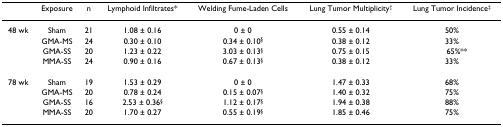
<table><thead><tr><td></td><td><b>Exposure</b></td><td><b>n</b></td><td><b>Lymphoid Infiltrates*</b></td><td><b>Welding Fume-Laden Cells</b></td><td><b>Lung Tumor Multiplicity<sup>†</sup></b></td><td><b>Lung Tumor Incidence<sup>‡</sup></b></td></tr></thead><tbody><tr><td>48 wk</td><td>Sham</td><td>21</td><td>1.08 ± 0.16</td><td>0 ± 0</td><td>0.55 ± 0.14</td><td>50%</td></tr><tr><td></td><td>GMA-MS</td><td>24</td><td>0.30 ± 0.10</td><td>0.34 ± 0.10<sup>§</sup></td><td>0.38 ± 0.12</td><td>33%</td></tr><tr><td></td><td>GMA-SS</td><td>20</td><td>1.23 ± 0.22</td><td>3.03 ± 0.13<sup>§</sup></td><td>0.75 ± 0.15</td><td> 65%**</td></tr><tr><td></td><td>MMA-SS</td><td>24</td><td>0.90 ± 0.16</td><td>0.67 ± 0.13<sup>§</sup></td><td>0.38 ± 0.12</td><td>33%</td></tr><tr><td>78 wk</td><td>Sham</td><td>19</td><td>1.53 ± 0.29</td><td>0 ± 0</td><td>1.47 ± 0.33</td><td>68%</td></tr><tr><td></td><td>GMA-MS</td><td>20</td><td>0.78 ± 0.24</td><td>0.15 ± 0.07<sup>§</sup></td><td>1.40 ± 0.32</td><td>75%</td></tr><tr><td></td><td>GMA-SS</td><td>16</td><td>2.53 ± 0.36<sup>§</sup></td><td>1.12 ± 0.17<sup>§</sup></td><td>1.94 ± 0.38</td><td>88%</td></tr><tr><td></td><td>MMA-SS</td><td>20</td><td>1.70 ± 0.27</td><td>0.55 ± 0.19<sup>§</sup></td><td>1.85 ± 0.46</td><td>75%</td></tr></tbody></table>